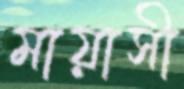
মায়াসী